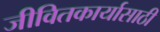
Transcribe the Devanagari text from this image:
जीवितकार्यासाठी